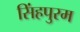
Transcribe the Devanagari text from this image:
सिंहपुरम